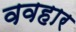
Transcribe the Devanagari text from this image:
ववहार